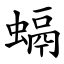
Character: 螎